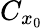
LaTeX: C_{x_{0}}